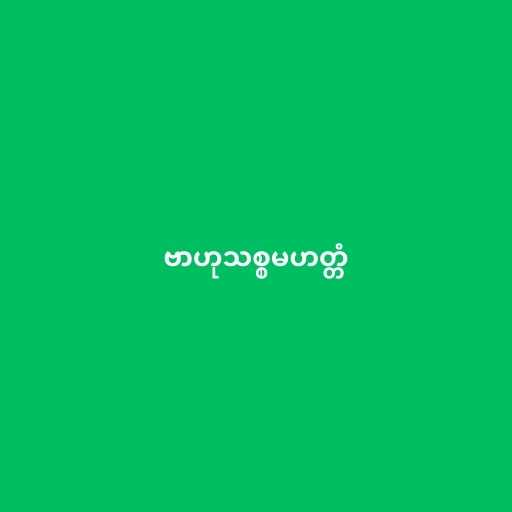
ဗာဟုသစ္စမဟတ္တံ